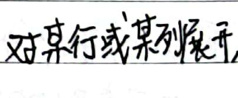
对某行或某列展开